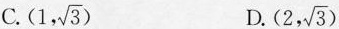
C. (1, \sqrt{3}) D. (2, \sqrt{3})